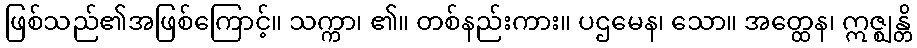
ဖြစ်သည်၏အဖြစ်ကြောင့်။ သက္ကာ၊ ၏။ တစ်နည်းကား။ ပဌမေန၊ သော။ အတ္ထေန၊ ဣဇ္ဈန္တိ